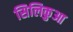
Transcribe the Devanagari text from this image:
सिलिकुआ